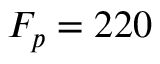
F _ { p } = 2 2 0